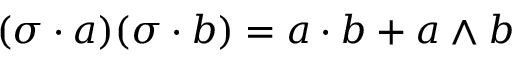
( \sigma \cdot a ) ( \sigma \cdot b ) = a \cdot b + a \wedge b